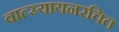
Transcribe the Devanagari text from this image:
वात्स्यायनरचित